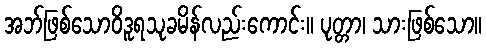
အဘ်ဖြစ်သောဝိဒူရသုခမိန်လည်းကောင်း။ ပုတ္တာ၊ သားဖြစ်သော။